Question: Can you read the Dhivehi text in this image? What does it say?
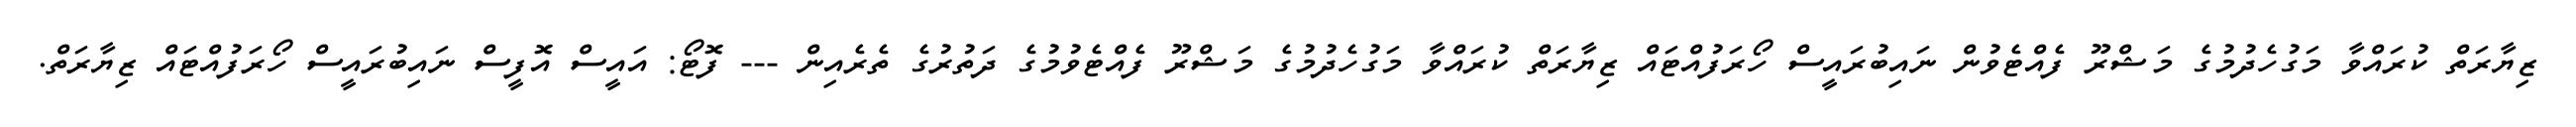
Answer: ޒިޔާރަތް ކުރައްވާ މަގުހެދުމުގެ މަޝްރޫ ފެއްޓެވުން ނައިބުރައީސް ހޯރަފުއްޓައް ޒިޔާރަތް ކުރައްވާ މަގުހެދުމުގެ މަޝްރޫ ފެއްޓެވުމުގެ ދަތުރުގެ ތެރެއިން --- ފޮޓޯ: އައީސް އޮފީސް ނައިބުރައީސް ހޯރަފުއްޓައް ޒިޔާރަތް.